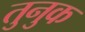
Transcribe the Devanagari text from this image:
तुनुक